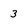
Character: 3